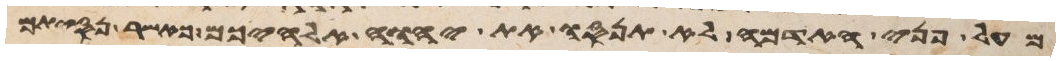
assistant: מעל פני האדמה לא תנסו את יהוה אלהיכם כאשר נסיתם